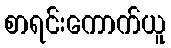
စာရင်းကောက်ယူ